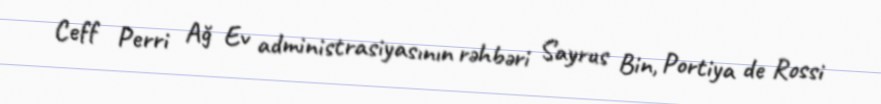
Ceff Perri Ağ Ev administrasiyasının rəhbəri Sayrus Bin, Portiya de Rossi